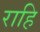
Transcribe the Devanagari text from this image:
राहि